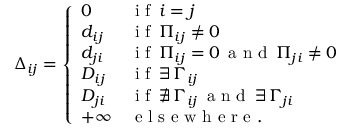
\Delta _ { i j } = \left\{ \begin{array} { l l } { 0 } & { \mathrm { ~ i ~ f ~ } \, i = j } \\ { d _ { i j } } & { \mathrm { ~ i ~ f ~ } \, \Pi _ { i j } \neq 0 } \\ { d _ { j i } } & { \mathrm { ~ i ~ f ~ } \, \Pi _ { i j } = 0 \, \mathrm { ~ a ~ n ~ d ~ } \, \Pi _ { j i } \neq 0 } \\ { D _ { i j } } & { \mathrm { ~ i ~ f ~ } \, \exists \, \Gamma _ { i j } } \\ { D _ { j i } } & { \mathrm { ~ i ~ f ~ } \, \nexists \, \Gamma _ { i j } \, \mathrm { ~ a ~ n ~ d ~ } \, \exists \, \Gamma _ { j i } } \\ { + \infty } & { \mathrm { ~ e ~ l ~ s ~ e ~ w ~ h ~ e ~ r ~ e ~ . ~ } } \end{array} \right.